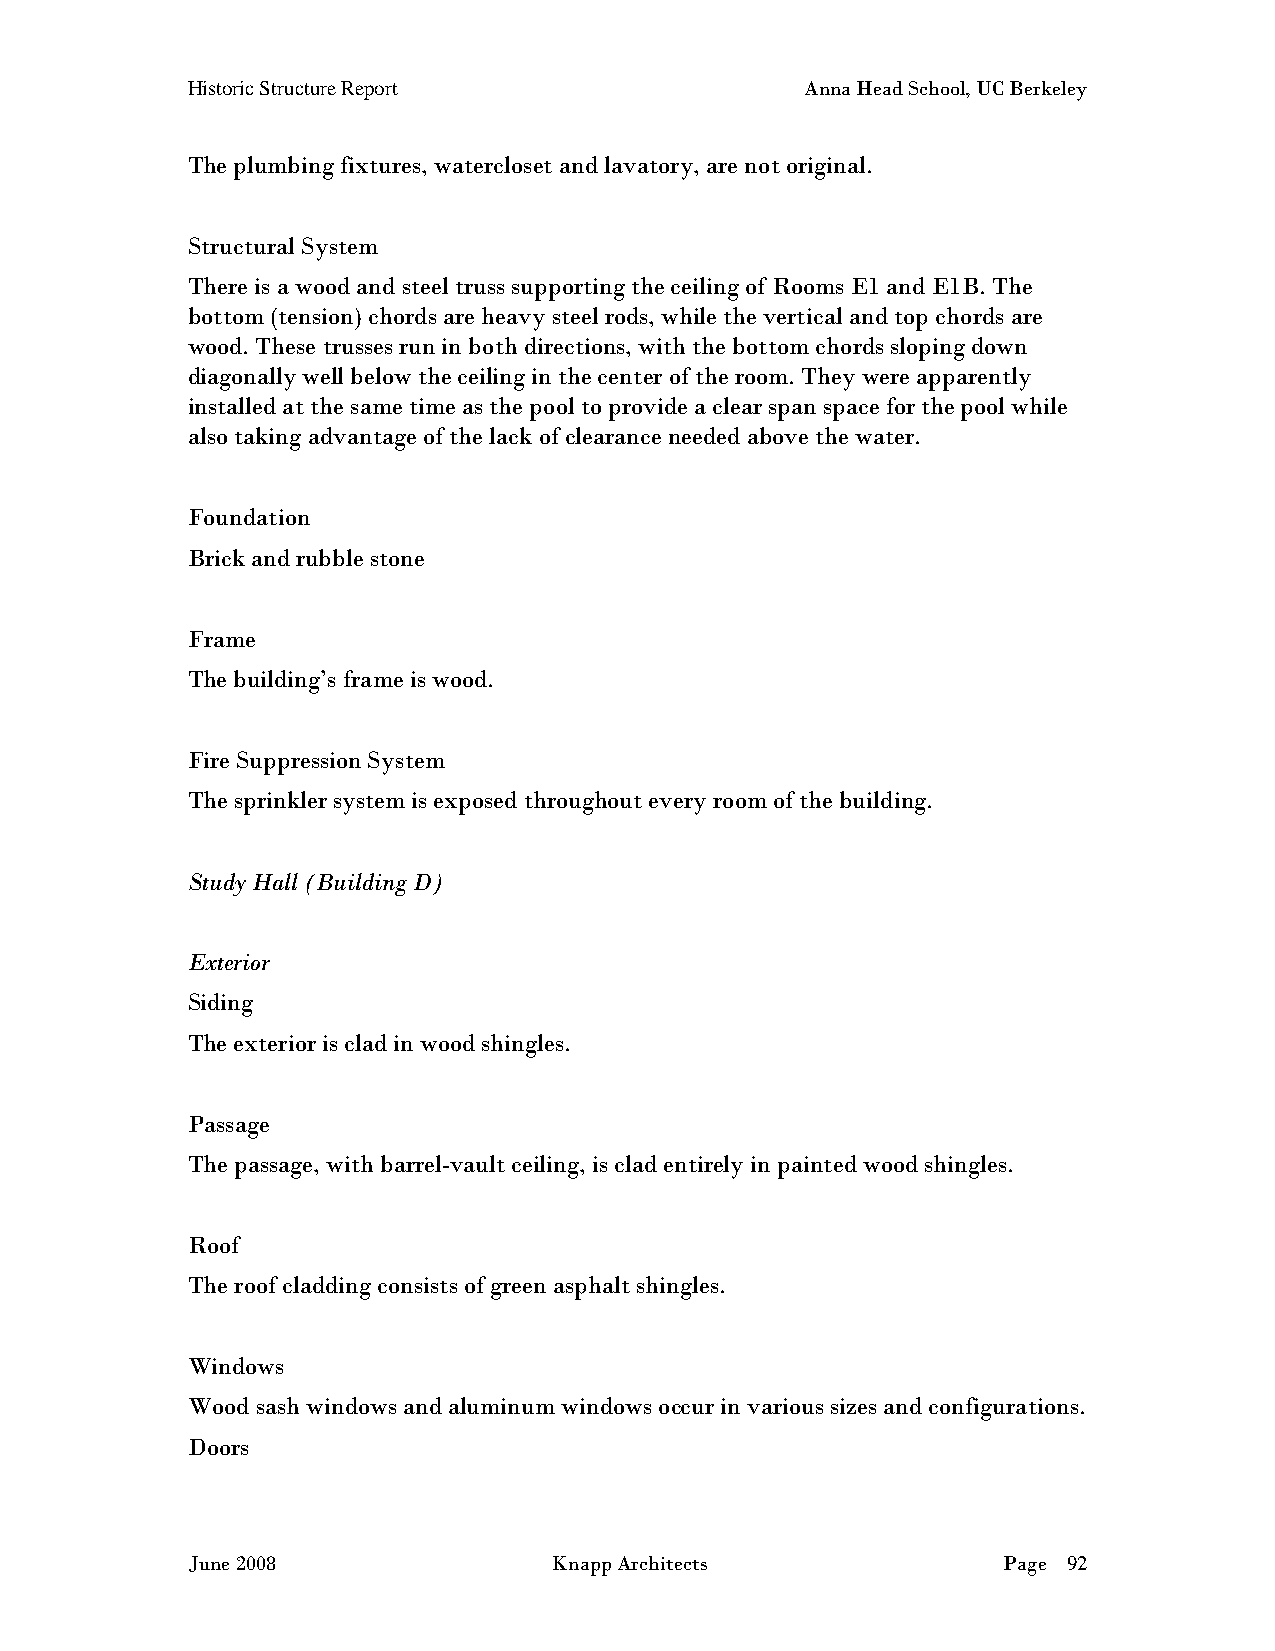
Historic Structure Report                Anna Head School, UC Berkeley
 The plumbing fixtures, watercloset and lavatory, are not original.
 Structural System
 There is a wood and steel truss supporting the ceiling of Rooms E1 and E1B. The
 bottom (tension) chords are heavy steel rods, while the vertical and top chords are
 wood. These trusses run in both directions, with the bottom chords sloping down
 diagonally well below the ceiling in the center of the room. They were apparently
 installed at the same time as the pool to provide a clear span space for the pool while
 also taking advantage of the lack of clearance needed above the water.
 Foundation
 Brick and rubble stone
 Frame
 The building’s frame is wood.
 Fire Suppression System
 The sprinkler system is exposed throughout every room of the building.
 Study Hall (Building D)
 Exterior
 Siding
 The exterior is clad in wood shingles.
 Passage
 The passage, with barrel-vault ceiling, is clad entirely in painted wood shingles.
 Roof
 The roof cladding consists of green asphalt shingles.
 Windows
 Wood sash windows and aluminum windows occur in various sizes and configurations.
 Doors
 June 2008                Knapp Architects             Page 92